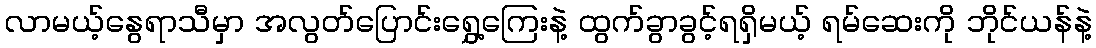
လာမယ့်နွေရာသီမှာ အလွတ်ပြောင်းရွှေ့ကြေးနဲ့ ထွက်ခွာခွင့်ရရှိမယ့် ရမ်ဆေးကို ဘိုင်ယန်နဲ့